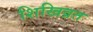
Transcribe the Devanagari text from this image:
शिखिव्रत